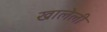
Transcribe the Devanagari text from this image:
खालेली